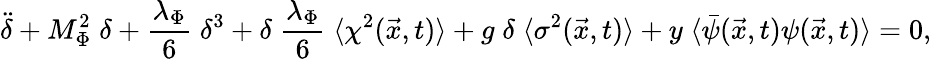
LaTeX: \ddot{\delta}+M_{\Phi}^{2}\; \delta+\frac{\lambda_{\Phi}}{6}\; \delta^{3}+\delta\; \frac{\lambda_{\Phi}}{6}\; \langle\chi^{2}(\vec{x},t)\rangle+g\; \delta\; \langle\sigma^{2}(\vec{x},t)\rangle+y\; \langle{\bar{\psi}}(\vec{x},t)\psi(\vec{x},t)\rangle=0,